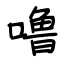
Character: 噜